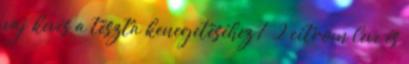
vaj kevés a tészta kenegetéséhez 1 2 citrom leve és